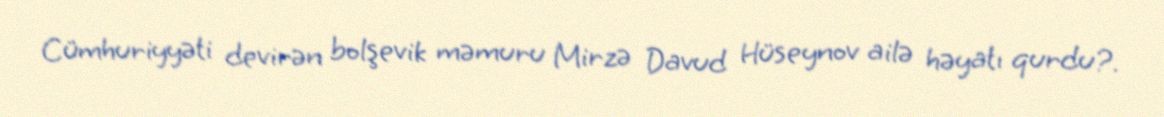
Cümhuriyyəti devirən bolşevik məmuru Mirzə Davud Hüseynov ailə həyatı qurdu?.